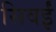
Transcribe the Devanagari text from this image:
सिवईं